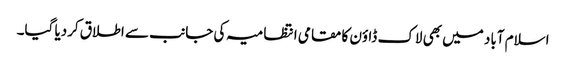
اسلام آباد میں بھی لاک ڈاؤن کا مقامی انتظامیہ کی جانب سے اطلاق کردیا گیا۔